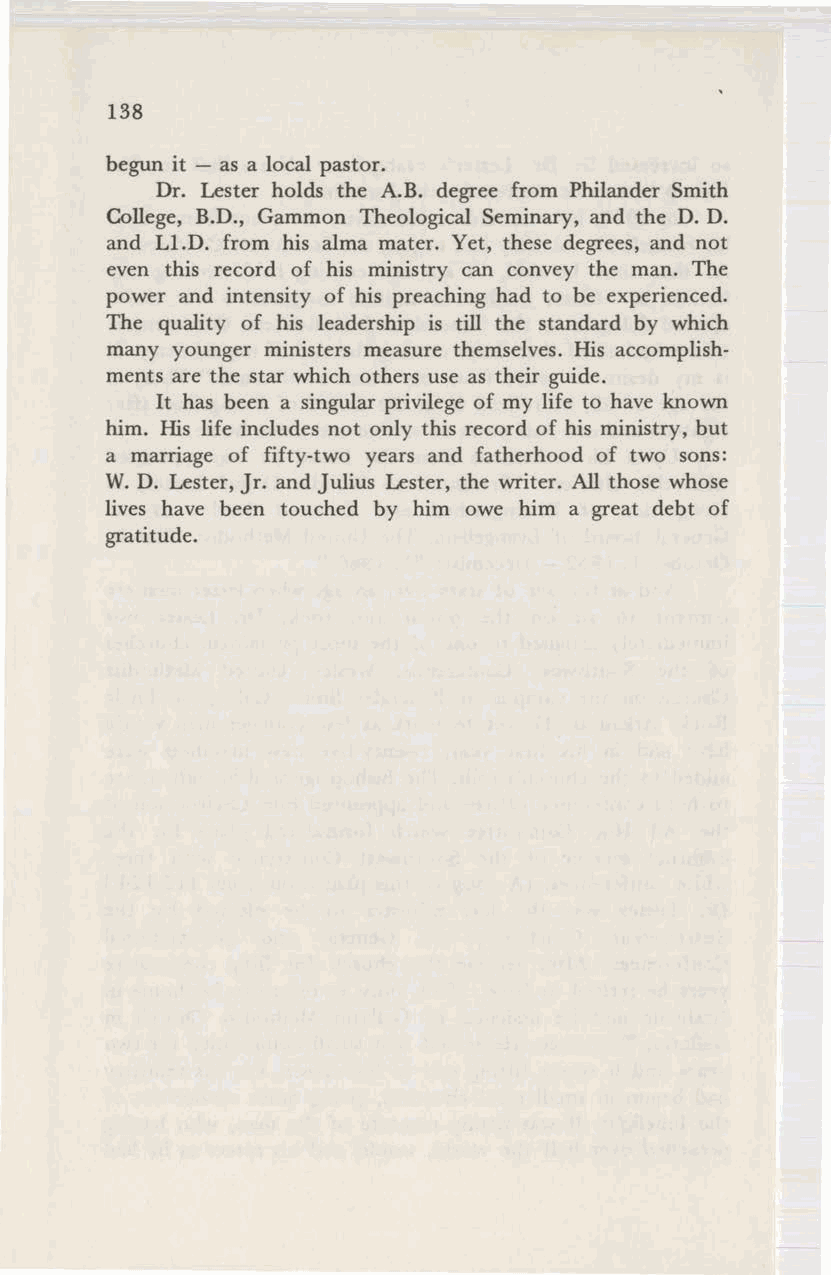
138
 begun it - as a local pastor.
 Dr. Lester holds the A.B. degree from Philander Smith
 College, B.D., Gammon Theological Seminary, and the D. D.
 and Ll.D. from his alma mater. Yet, these degrees, and not
 even this record of his ministry can convey the man. The
 power and intensity of his preaching had to be experienced.
 The quality of his leadership is till the standard by which
 many younger ministers measure themselves. His accomplish
 ments are the star which others use as their guide.
 It has been a singular privilege of my life to have known
 him. His life includes not only this record of his ministry, but
 a marriage of fifty-two years and fatherhood of two sons:
 W.D. Lester, Jr. and Julius Lester, the writer. All those whose
 lives have been touched by him owe him a great debt of
 gratitude.